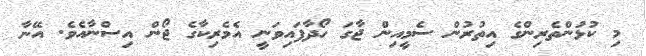
މި ކުޅުންތެރިންގެ އިތުރުން ސެމީއިން ޖާގަ ހޯދާފައިވަނީ އެމެރިކާގެ ޖޯން އިސްނާއެވެ. އޭނާ